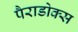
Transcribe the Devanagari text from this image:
पैराडोक्स